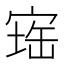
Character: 𪧕